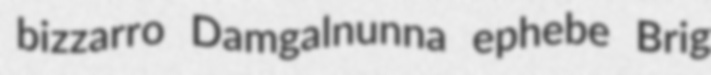
bizzarro Damgalnunna ephebe Brig